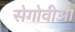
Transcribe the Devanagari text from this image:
सेगोवीआ